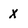
Character: X